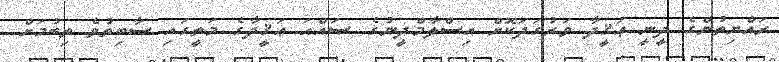
ރައްޔިތުންގެ ދީނީ ޢަޤީދާ ވަރުގަދަކޮށް އިސްލާމްދީނުގެ ޞައްޙަ ޢަޤީދާގެ މަތީގައި ސާބިތުވެ ތިބުމަށް